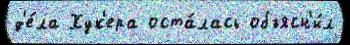
д'е́ла Хук'ера оста́лась объясн'и́л